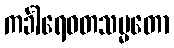
ကင်္ခါရေဝတသမ္မတော